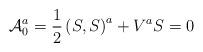
LaTeX: \begin{align*}{\cal A}_0^a=\frac 12\left( S,S\right) ^a+V^aS=0\end{align*}